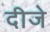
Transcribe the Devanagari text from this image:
दीजे